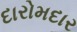
દારોમદાર